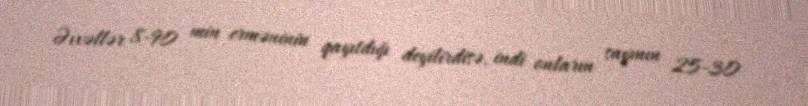
Əvvəllər 8-90 min erməninin qayıtdığı deyilirdisə, indi onların sayının 25-30